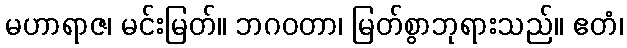
မဟာရာဇ၊ မင်းမြတ်။ ဘဂဝတာ၊ မြတ်စွာဘုရားသည်။ ဧတံ၊